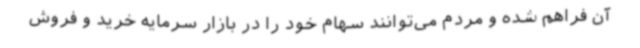
آن فراهم شده و مردم می‌توانند سهام خود را در بازار سرمایه خرید و فروش